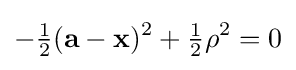
-{\tfrac {1}{2}}(\mathbf {a} -\mathbf {x} )^{2}+{\tfrac {1}{2}}\rho ^{2}=0